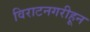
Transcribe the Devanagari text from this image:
विराटनगरीहून